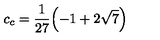
c _ { c } = \frac { 1 } { 2 7 } { \left( - 1 + 2 \sqrt { 7 } \right) }